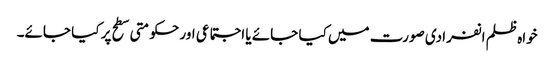
خواہ ظلم انفرادی صورت میں کیا جائے یا اجتماعی اور حکومتی سطح پر کیا جائے۔